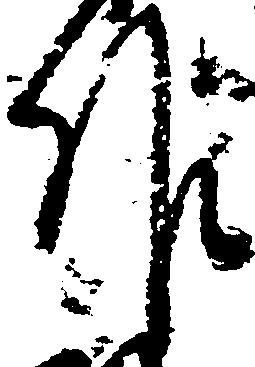
候